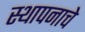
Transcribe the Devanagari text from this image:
स्थापनाचे